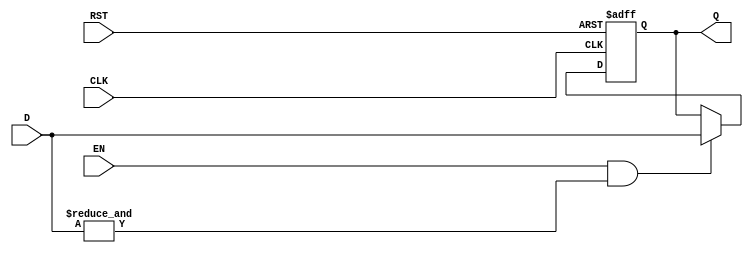
module barrier_register #(
    parameter N = 4  // Number of data inputs
) (
    input  wire [N-1:0] D,      // Data inputs (D1, D2, ..., Dn)
    input  wire EN,              // Enable signal
    input  wire CLK,             // Clock signal
    input  wire RST,             // Asynchronous reset
    output reg  [N-1:0] Q        // Synchronized output
);

    // Internal signal to check if all data inputs are valid
    wire all_valid;

    // Check if all data inputs are valid (not reset)
    assign all_valid = &D;  // Logical AND to check if all inputs are high

    // Asynchronous reset and synchronous capturing of data
    always @(posedge CLK or posedge RST) begin
        if (RST) begin
            Q <= {N{1'b0}};  // Reset output to zero
        end else if (EN && all_valid) begin
            Q <= D;          // Update output with current data inputs
        end
    end

endmodule